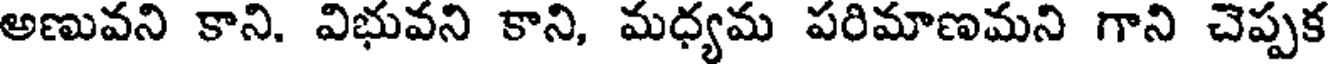
అణువని కాని. విభువని కాని, మధ్యమ పరిమాణమని గాని చెప్పక